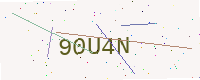
Text: 90U4N